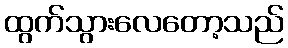
ထွက်သွားလေတော့သည်